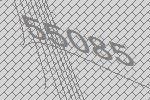
55085